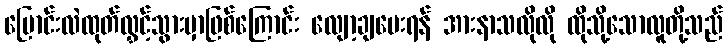
ပြောင်းလဲထုတ်လွှင့်သွားမှာဖြစ်ကြောင်း လျော့ချပေးရန် အားနာသလိုလို ထိုသို့သောလူတို့သည်